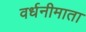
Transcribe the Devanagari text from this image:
वर्धनीमाता